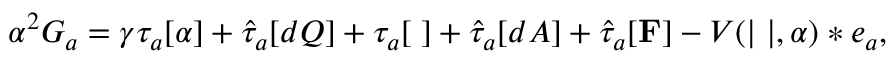
\alpha ^ { 2 } G _ { a } = \gamma \tau _ { a } [ \alpha ] + \hat { \tau } _ { a } [ d Q ] + \tau _ { a } [ { \bf \Phi } ] + \hat { \tau } _ { a } [ d A ] + \hat { \tau } _ { a } [ { \bf F } ] - V ( | { \bf \Phi } | , \alpha ) * e _ { a } ,